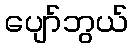
ပျော်ဘွယ်